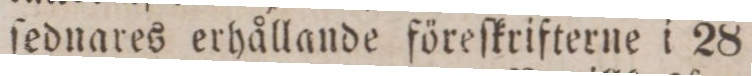
ſednares erhållande föreſkrifterne i 28